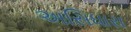
અસિધારા